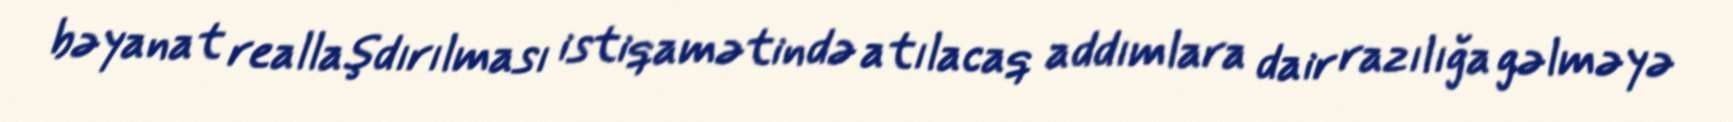
bəyanat reallaşdırılması istiqamətində atılacaq addımlara dair razılığa gəlməyə